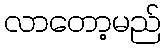
လာတော့မည်